Scottish Leaving Certificate Examination, 1961
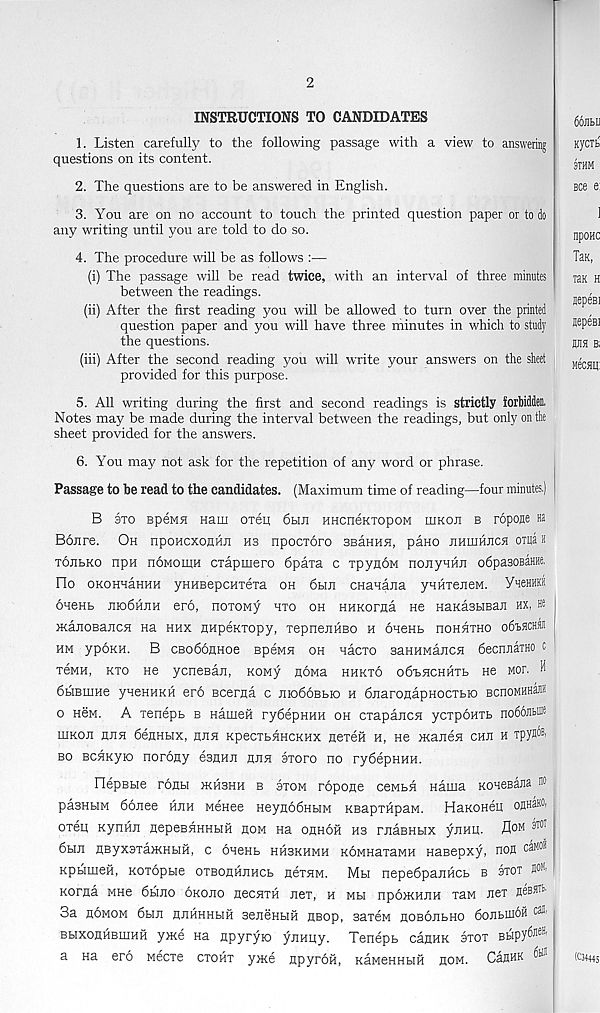
2
INSTRUCTIONS TO CANDIDATES
1. Listen carefully to the following passage with a view to answering
questions on its content.
2. The questions are to be answered in English.
3. You are on no account to touch the printed question paper or to do
any writing until you are told to do so.
4. The procedure will be as follows :—
(i) The passage will be read twice, with an interval of three minutes
between the readings.
(ii) After the first reading you will be allowed to turn over the printed
question paper and you will have three minutes in which to study
the questions.
(iii) After the second reading you will write your answers on the sheet
provided for this purpose.
5. All writing during the first and second readings is strictly forbidden.
Notes may be made during the interval between the readings, but only on the
sheet provided for the answers.
6. You may not ask for the repetition of any word or phrase.
Passage to be read to the candidates. (Maximum time of reading—four minutes.)
B 3T0 Bpewfl nam oxen 6hji HHcneKxopoM iiikoji b ropoje ib
Bojire. Oh nponcxonlbi hs npocxoro SBaHHH, pano jihliihjich oxqa h
tojibko npn noMonm cxapmero 6paxa c xpyndM nonyHiui odpasosaHHe.
Ho OKOHHaHHH yHHBepcHxexa oh 6hji CHanajia yHHxeneM. YxeHHKf
oneKb jiio6hjih ero, noxoMy hxo oh HHKorna He HaKasHBan hx, He
HanoBajiCH Ha hhx nnpexxopy, xepnenHBO h oneHb hohhxho o6i>®h0
hm ypbKH. B CBoboflHoe BpeMH oh Hacxo saHHMajicH decnnaTHO c
xcmh, kxo He ycneBan, KOMy goMa hhkxo obtHCHHXB He mop. H
dbiBrnne yneHUKH ero scerna c JnodoBbjo h djiaronapHocxbio BcnoMHHaJK
o hSm. A xenepb b Hamefi rydepHHH oh cxapancH ycxpoHXb 11066®®
mKOJi juiH bertHbix, nun KpecxbHHCKHx nexefi h, ne rKanen chu h xp)W B >
bo BCHKyio norogy esuHn huh sxoro no rydepHHH.
riepBHe ronbi jkhbhh b 3xom ropone ceMBH Hama KoaeBaJia ®
pasHbiM 66nee huh Menee Heyn66HbiM KBapxfipaM. HaKoneu ottnaKO,
oxen KynHJi nepeBHHHbiH hom Ha ohhoh hs rnaBHbix yjiHH. fl 0M ® T01
6bin AByxsxarKHbm, c onenb hhbkhmh KdMHaxaMH Hasepxy, non caMO®
KpbimeH, Koxopbie oxBonfinHCb nexHM. Mh nepedpanficb b stot B 01 * 1
Korna MHe 6bino oRono necnxH nex, h mbi npojRHnH xaw nex
3a homom 6bin nnHHHHH seneHHH nBop, saxew noBonbno donbinoH c® 1,
BbixonHBmHH ynte Ha npyryio ynHqy. Tenepb canHK sxox BHpy^® 1
a na ero wecxe cxohx ynce npyroH, KaMenKbiii hom. CaflHK ^